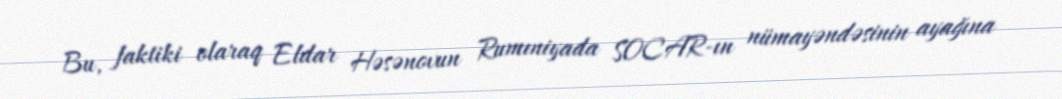
Bu, faktiki olaraq Eldar Həsənovun Rumıniyada SOCAR-ın nümayəndəsinin ayağına